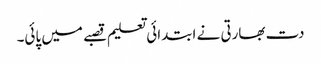
دت بھارتی نے ابتدائی تعلیم قصبے میں پائی۔